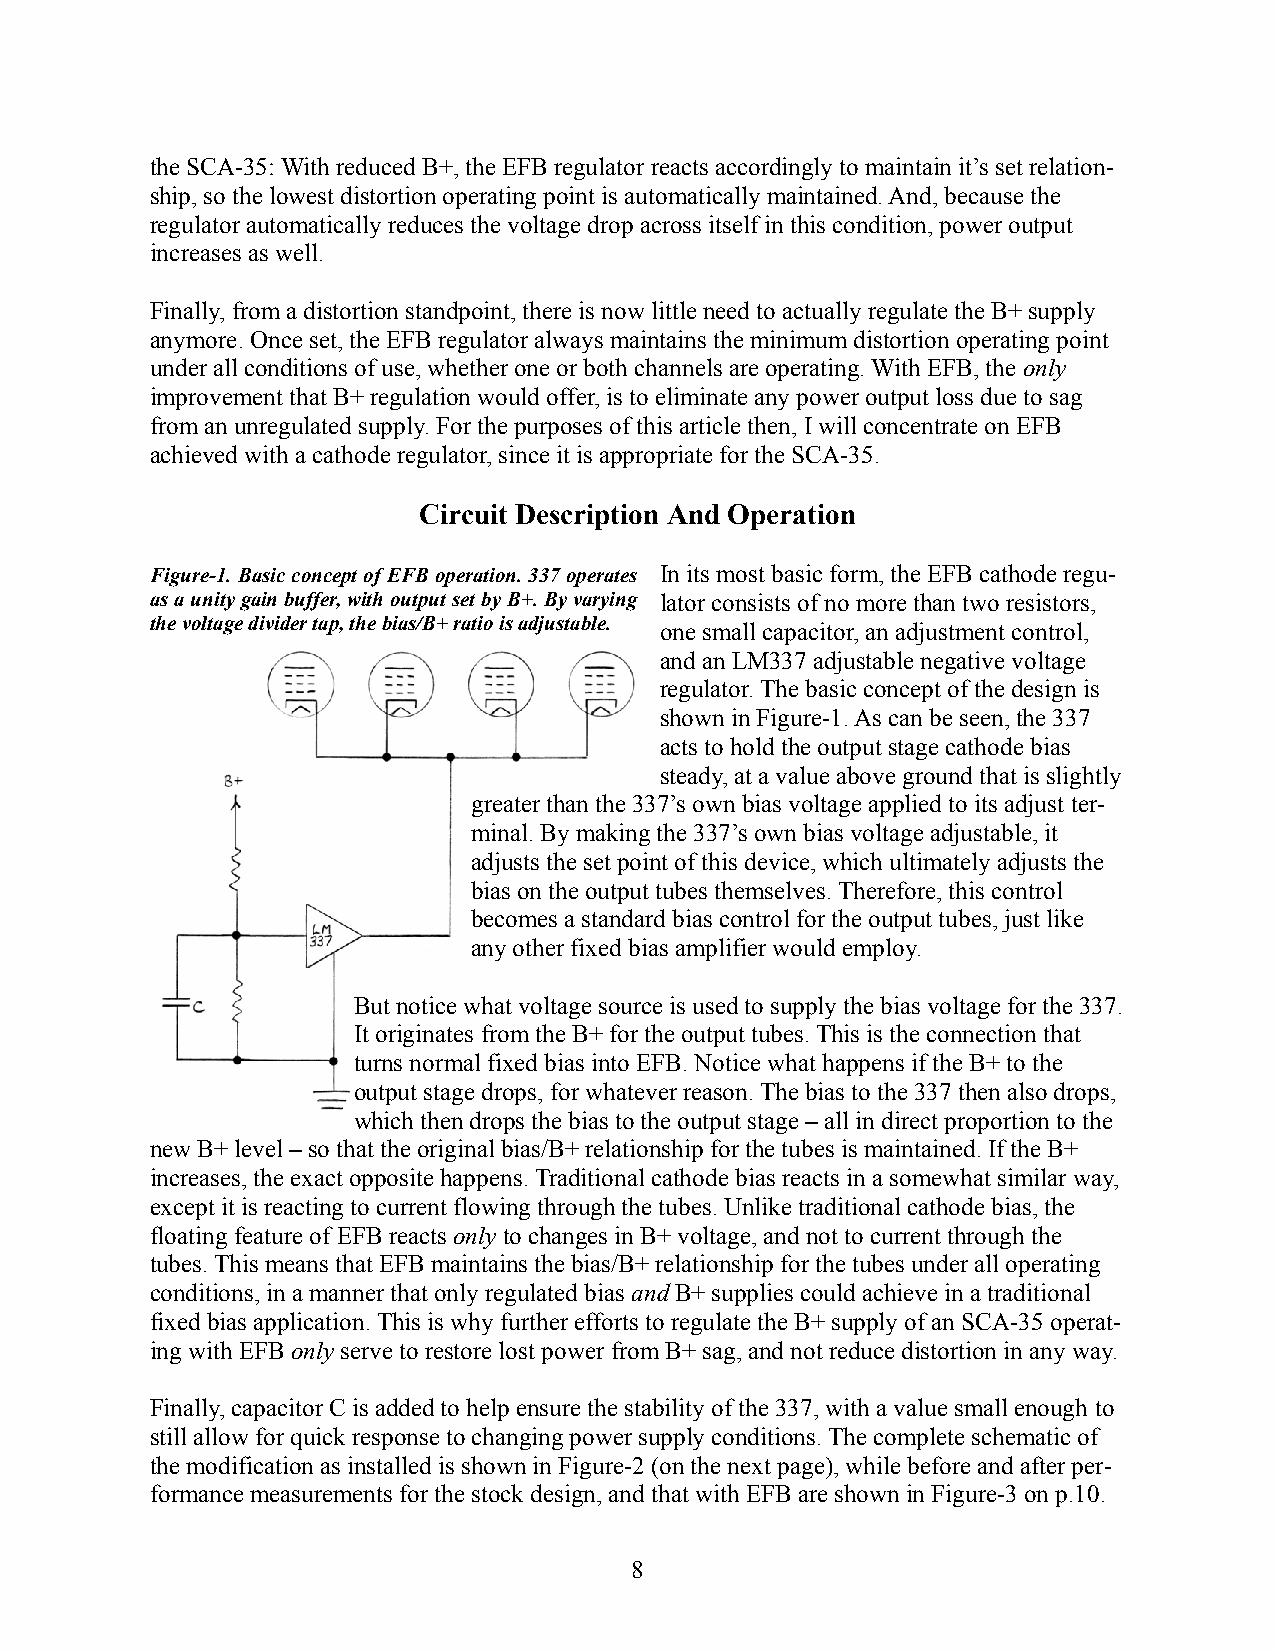
the SCA-35: With reduced B+, the EFB regulator reacts accordingly to maintain it’s set relation-
 ship, so the lowest distortion operating point is automatically maintained. And, because the
 regulator automatically reduces the voltage drop across itself in this condition, power output
 increases as well.
 Finally, from a distortion standpoint, there is now little need to actually regulate the B+ supply
 anymore. Once set, the EFB regulator always maintains the minimum distortion operating point
 under all conditions of use, whether one or both channels are operating. With EFB, theonly
 improvement that B+ regulation would offer, is to eliminate any power output loss due to sag
 from an unregulated supply. For the purposes of this article then, I will concentrate on EFB
 achieved with a cathode regulator, since it is appropriate for the SCA-35.
 Circuit Description And Operation
 Figure-1. Basic concept of EFB operation. 337 operates In its most basic form, the EFB cathode regu-
 as a unity gain buffer, with output set by B+. By varying lator consists of no more than two resistors,
 the voltage divider tap, the bias/B+ ratio is adjustable.
 one small capacitor, an adjustment control,
 and an LM337 adjustable negative voltage
 regulator. The basic concept of the design is
 shown in Figure-1. As can be seen, the 337
 acts to hold the output stage cathode bias
 steady, at a value above ground that is slightly
 greater than the 337’s own bias voltage applied to its adjust ter-
 minal. By making the 337’s own bias voltage adjustable, it
 adjusts the set point of this device, which ultimately adjusts the
 bias on the output tubes themselves. Therefore, this control
 becomes a standard bias control for the output tubes, just like
 any other fixed bias amplifier would employ.
 But notice what voltage source is used to supply the bias voltage for the 337.
 It originates from the B+ for the output tubes. This is the connection that
 turns normal fixed bias into EFB. Notice what happens if the B+ to the
 output stage drops, for whatever reason. The bias to the 337 then also drops,
 which then drops the bias to the output stage – all in direct proportion to the
 new B+ level – so that the original bias/B+ relationship for the tubes is maintained. If the B+
 increases, the exact opposite happens. Traditional cathode bias reacts in a somewhat similar way,
 except it is reacting to current flowing through the tubes. Unlike traditional cathode bias, the
 floating feature of EFB reacts onlyto changes in B+ voltage, and not to current through the
 tubes. This means that EFB maintains the bias/B+ relationship for the tubes under all operating
 conditions, in a manner that only regulated bias and B+ supplies could achieve in a traditional
 fixed bias application. This is why further efforts to regulate the B+ supply of an SCA-35 operat-
 ing with EFB onlyserve to restore lost power from B+ sag, and not reduce distortion in any way.
 Finally, capacitor C is added to help ensure the stability of the 337, with a value small enough to
 still allow for quick response to changing power supply conditions. The complete schematic of
 the modification as installed is shown in Figure-2 (on the next page), while before and after per-
 formance measurements for the stock design, and that with EFB are shown in Figure-3 on p.10.
 8